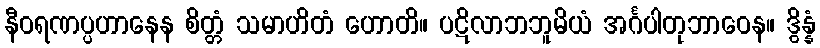
နီဝရဏပ္ပဟာနေန စိတ္တံ သမာဟိတံ ဟောတိ။ ပဋိလာဘဘူမိယံ အင်္ဂပါတုဘာဝေန။ ဒွိန္နံ